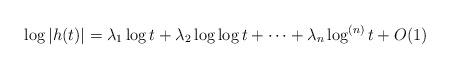
LaTeX: \begin{align*}\log|h(t)|=\lambda_1\log t+\lambda_2\log\log t+\cdots+\lambda_n\log^{(n)}t+O(1)\end{align*}